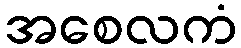
အစေလကံ